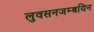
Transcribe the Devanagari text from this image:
लुवसनजम्बयिन